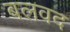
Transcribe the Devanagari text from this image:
बलवद